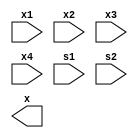

module four2one_mux(x1,x2,x3,x4,s1,s2,x);

		input x1,x2,x3,x4,s1,s2;
		output x;
		
		wire w1,w2,w3,w4,w5,w6,w7,w8,w9,w10,w11,w12;
		
		not(w1,s1);
		not(w2,s2);
		
		and(w3,w1,w2,x1);
		//and(w4,w3,x1);
		
		and(w4,w2,s1,x2);
		//and(w6,w5,x2);
		
		and(w5,s2,w1,x3);
		//and(w8,w7,x3);
		
		and(w6,s2,s1,x4);
		//and(w10,w9,x4);
		
		//or(w11,w4,w6);
		//or(w12,w8,w10);
		or(mux_output,w3,w4,w5,w6);
		
endmodule